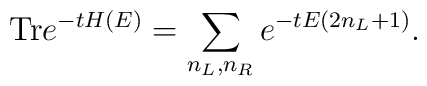
\mbox{Tr} e^{-t H(E)} = \sum_{n_L,n_R} e^{-t E (2 n_L + 1)}.